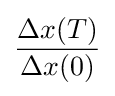
{\frac {\Delta x(T)}{\Delta x(0)}}